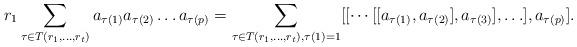
LaTeX: \begin{align*} r_1\sum_{\tau\in T(r_1, \ldots,r_t)}a_{\tau(1)}a_{\tau(2)}\ldots a_{\tau(p)} =\sum_{\tau\in T(r_1, \ldots, r_t),\tau(1)=1}[[\cdots[[a_{\tau(1)},a_{\tau(2)}],a_{\tau(3)}],\ldots],a_{\tau(p)}].\end{align*}